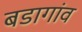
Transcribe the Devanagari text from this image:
बडागांव